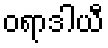
ဝရာဒါယီ